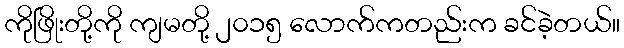
ကိုဖြိုးတို့ကို ကျမတို့ ၂၀၁၅ လောက်ကတည်းက ခင်ခဲ့တယ်။